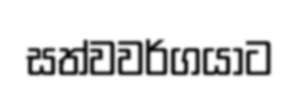
සත්වවර්ගයාට